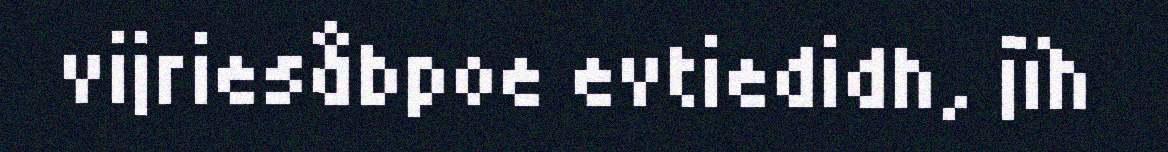
vijriesåbpoe evtiedidh, jïh